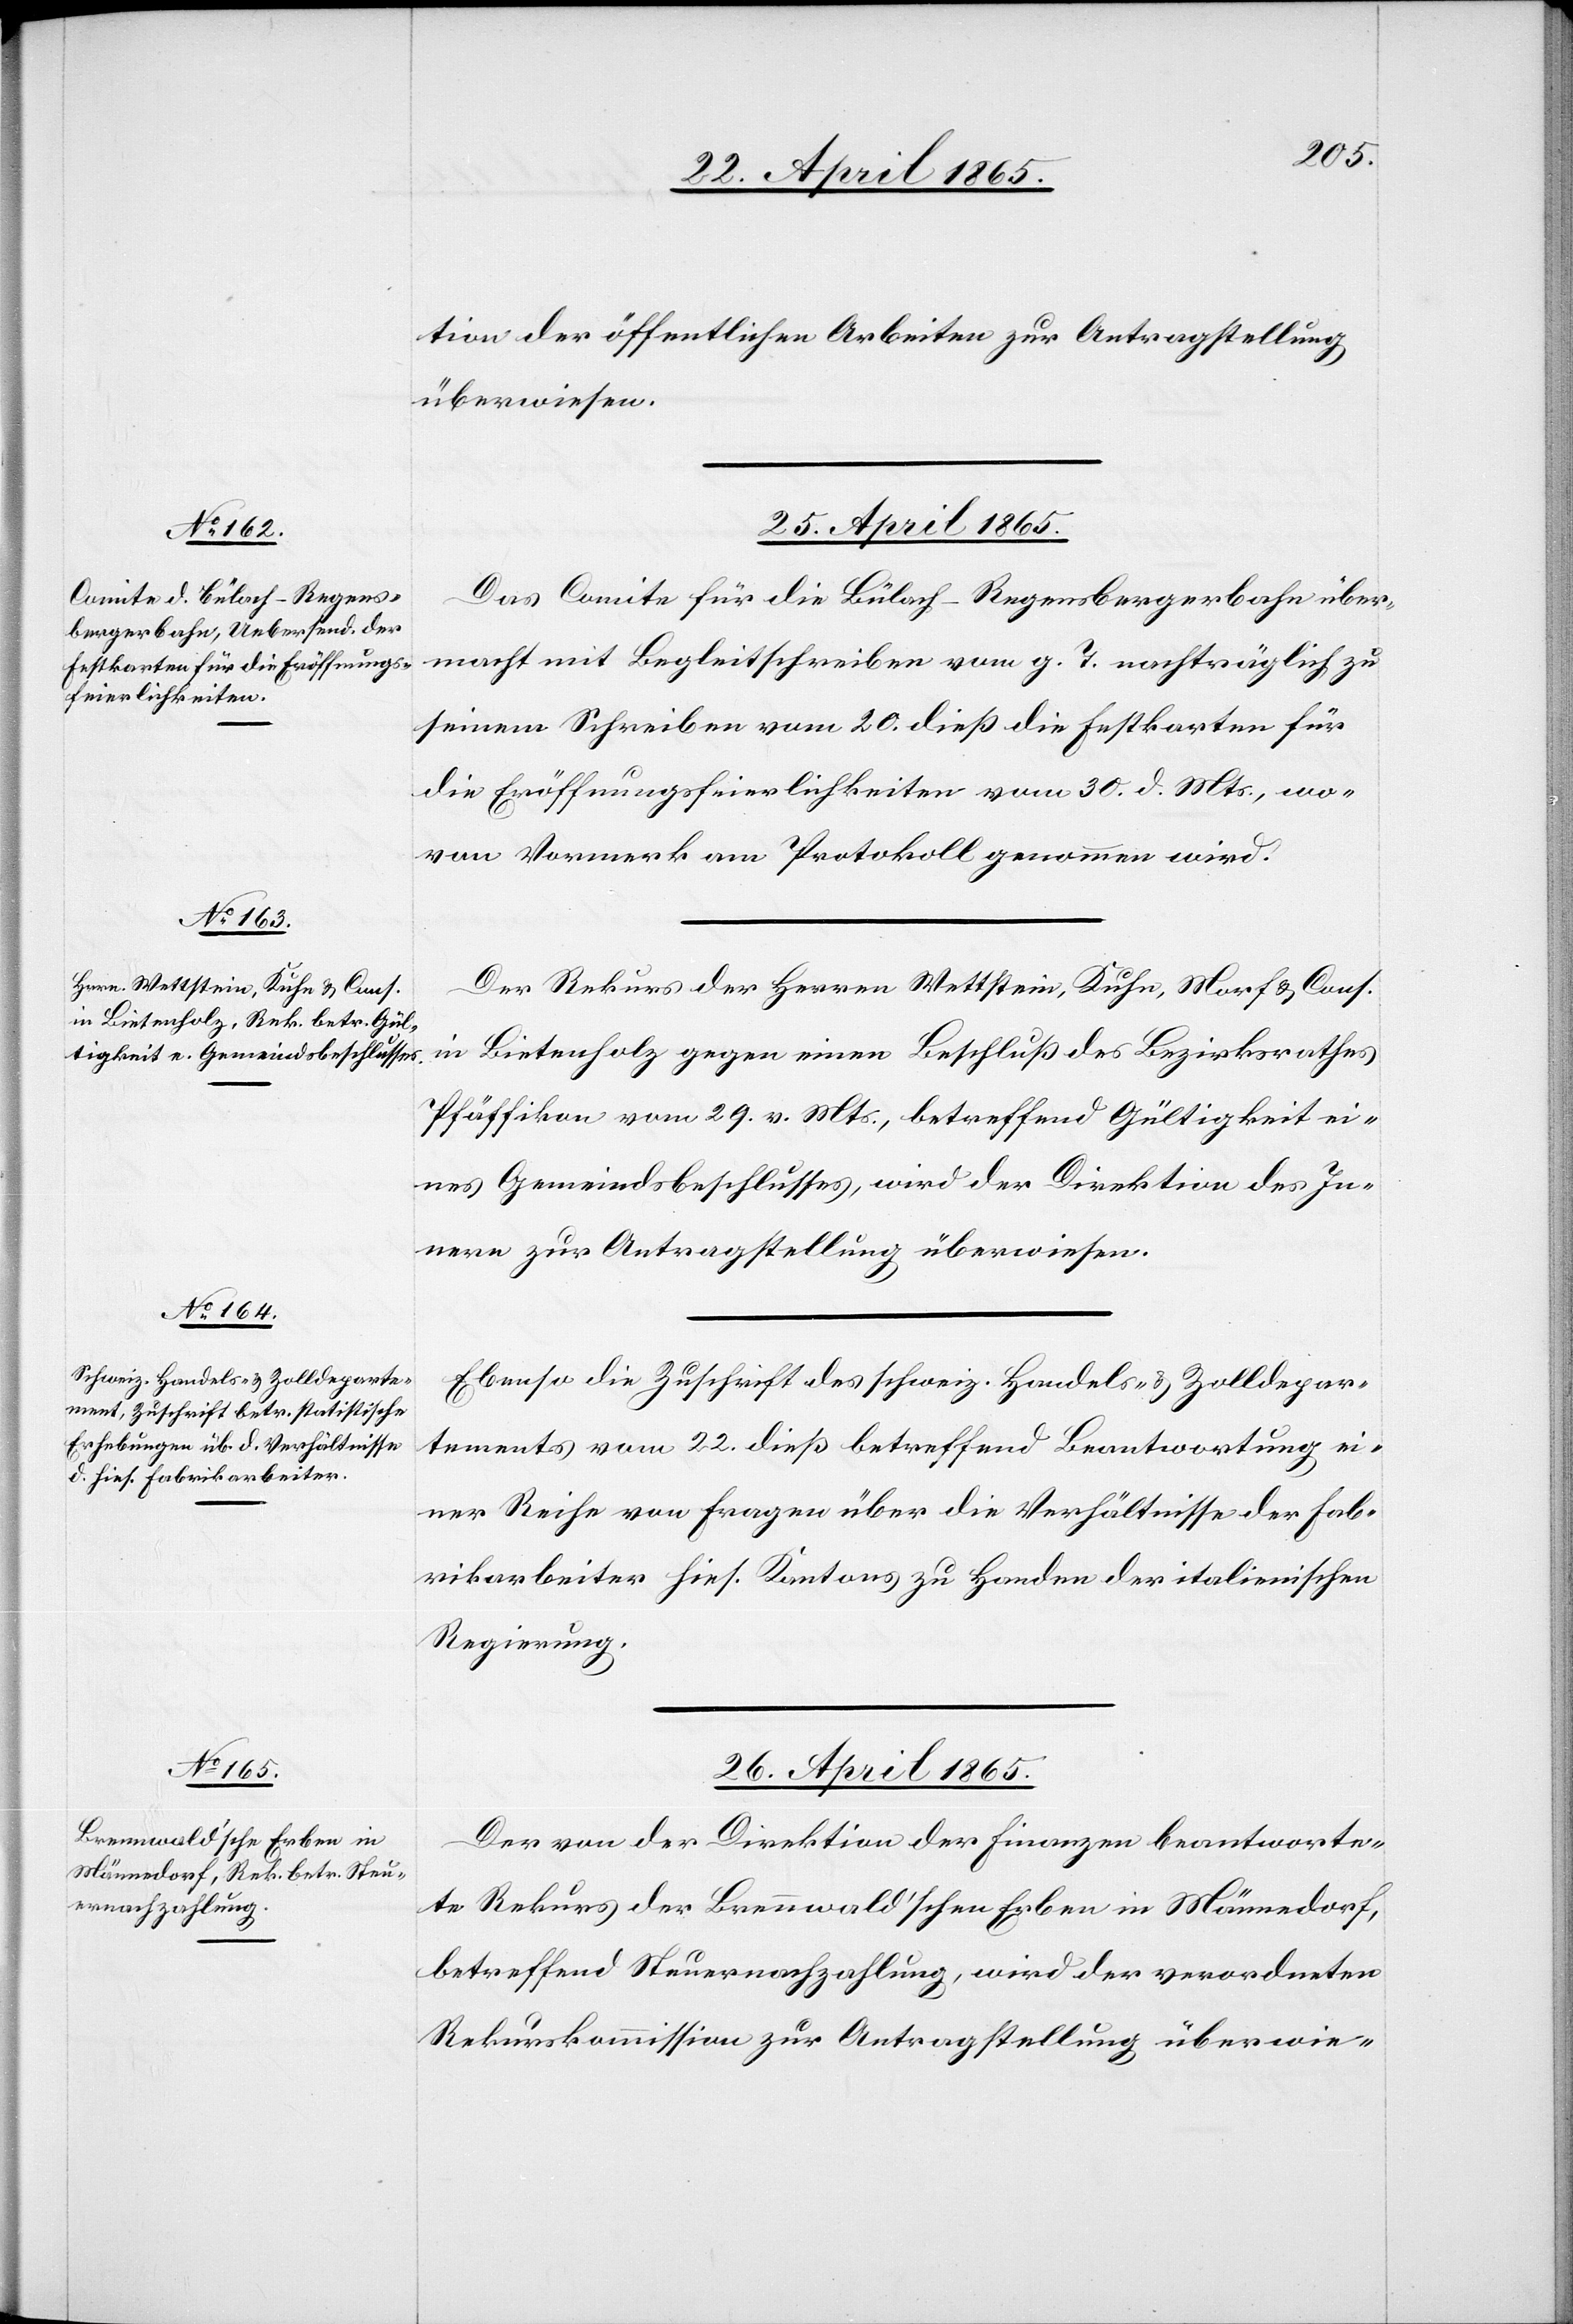
tion der öffentlichen Arbeiten zur Antragstellung
überwiesen.
25. April 1865.]
Das Comite für die Bülach-Regensbergerbahn über¬
macht mit Begleitschreiben vom g. T. nachträglich zu
seinem Schreiben vom 20. dieß die Festkarten für
die Eröffnungsfeierlichkeiten vom 30. d. Mts., wo¬
von Vormerk am Protokoll genommen wird.
Der Rekurs der Herren Wettstein, Kuhn, Morf & Cons.
in Bietenholz gegen einen Beschluß des Bezirksrathes
Pfäffikon vom 29. v. Mts., betreffend Gültigkeit ei¬
nes Gemeindsbeschlusses, wird der Direktion des In¬
nern zur Antragstellung überwiesen.
Ebenso die Zuschrift des schweiz. Handels- & Zolldepar¬
tements vom 22. dieß betreffend Beantwortung ei¬
ner Reihe von Fragen über die Verhältnisse der Fab¬
rikarbeiter hies. Kantons zu Handen der italienischen
Regierung.
26. April 1865.
Der von der Direktion der Finanzen beantworte¬
te Rekurs der Brennwald’schen Erben in Männedorf,
betreffend Steuernachzahlung, wird der verordneten
Rekurskommission zur Antragstellung überwie-